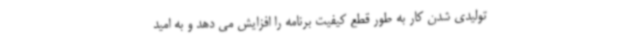
تولیدی شدن کار به طور قطع کیفیت برنامه را افزایش می دهد و به امید